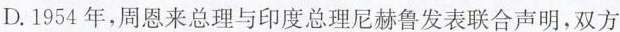
D.1954年，周恩来总理与印度总理尼赫鲁发表联合声明，双方